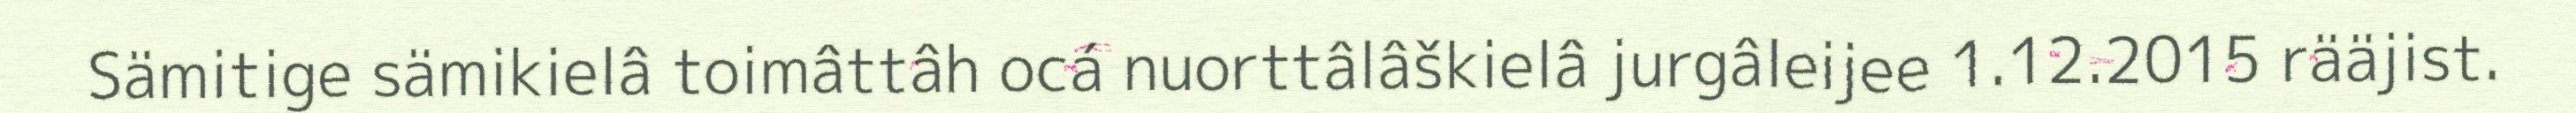
Sämitige sämikielâ toimâttâh ocá nuorttâlâškielâ jurgâleijee 1.12.2015 rääjist.